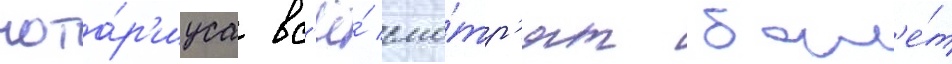
нота́р'иуса вс'ё́ смо́тр'ят бал'е́т